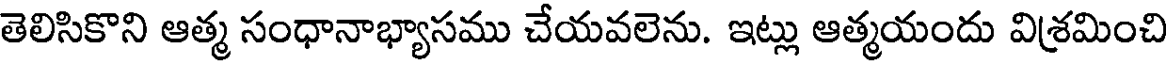
తెలిసికొని ఆత్మ సంధానాభ్యాసము చేయవలెను. ఇట్లు ఆత్మయందు విశ్రమించి